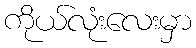
ကိုယ်လုံးလေးမှာ